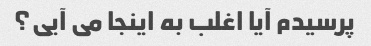
پرسیدم آیا اغلب به اینجا می آیی؟